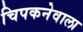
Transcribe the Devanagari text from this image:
चिपकनेवाला